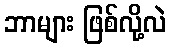
ဘာများ ဖြစ်လို့လဲ